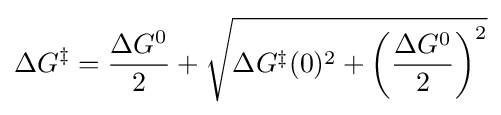
\Delta G^{\ddagger }={\frac {\Delta G^{0}}{2}}+{\sqrt {\Delta G^{\ddagger }(0)^{2}+\left({\frac {\Delta G^{0}}{2}}\right)^{2}}}